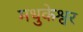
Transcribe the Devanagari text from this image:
मधुकेश्वर